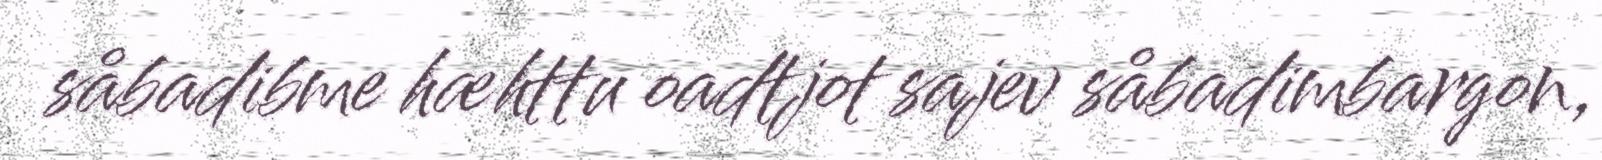
såbadibme hæhttu oadtjot sajev såbadimbargon,